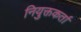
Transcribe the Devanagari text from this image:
नियुक्तकर्ता